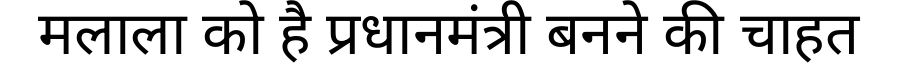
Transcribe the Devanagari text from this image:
मलाला को है प्रधानमंत्री बनने की चाहत